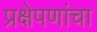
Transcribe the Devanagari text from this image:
प्रक्षेपणांचा